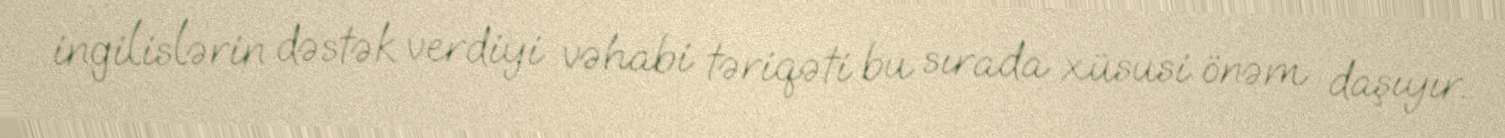
ingilislərin dəstək verdiyi vəhabi təriqəti bu sırada xüsusi önəm daşıyır.